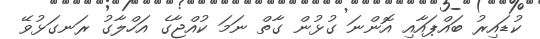
ކުޑައިރު ބައްޕައާއި އޮންނަ ގުޅުން ގާތް ނަމަ ކުއްޖާގެ އަހްލާގު ރަނގަޅުވޭ